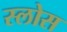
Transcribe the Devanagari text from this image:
स्लोस